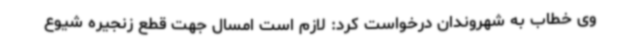
وی خطاب به شهروندان درخواست کرد: لازم است امسال جهت قطع زنجیره شیوع